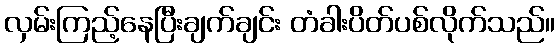
လှမ်းကြည့်နေပြီးချက်ချင်း တံခါးပိတ်ပစ်လိုက်သည်။